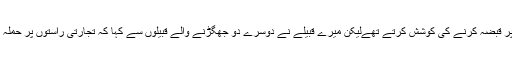
اکثر دوسرے شہر آپس میں تجارت کو لیکر لڑتے جهگڑتے تهے اور اس پر قبضہ کرنے کى کوشش کرتے تهےلیکن میرے قبیلے نے دوسرے دو جهگڑنے والے قبیلوں سے کہا کہ تجارتى راستوں پر حملہ کرنے کے بدلے ہم آپس میں مل کر ان علاقوں کى حفاظت کیوں نہ کرلیں؟